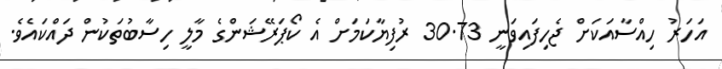
އަހަރު ހިއްސާއަކަށް ޖެހިފައިވަނީ 30.73 ރުފިޔާކަމަށް އެ ކޯޕަރޭޝަންގެ މާލީ ހިސާބުތަކުން ދައްކައެވެ.